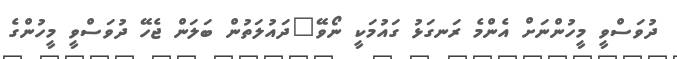
ދުވަސްވީ މީހުންނަށް އެންމެ ރަނގަޅު ގައުމަކީ ނޯވޭ"ދައުލަތުން ބަލަން ޖެހޭ ދުވަސްވީ މީހުންގެ